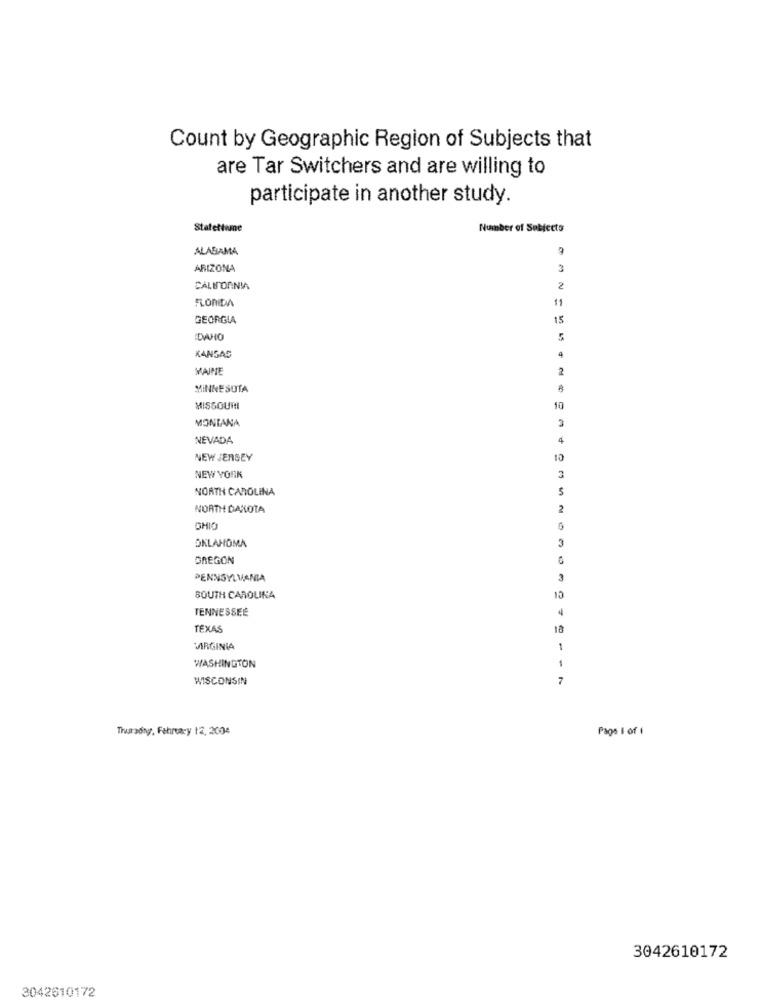
Count by Geographic Region of Subjects that
are Tar Switchers and are willing to
participate in another study.
Statettame
Number of Subjects
ALABAMA
ARIZONA
3
CALIFORNIA
2
FLORIDA
11
GEORGIA
15
5
4
KANSAS
MAINE
2
MINNESOTA
MISSOURI
YNVINGA
10
NEVADA
4
NEW JERSEY
10
NEW YORK
NORTH CAROLINA
NORTH DAKOTA
2
OHIO
OKLAHOMA
3
OREGON
PENNSYLVANIA
SOUTH CAROLINA
10
TENNESSEE
4
TEXAS
18
VIRGINIA
1
WASHINGTON
WISCONSIN
7
Thursday, February 12, 2004
Pago I of 1
3042610172
3042610172